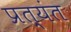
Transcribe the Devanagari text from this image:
प्रत्‍यंत